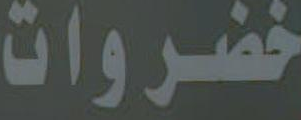
خضروات